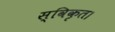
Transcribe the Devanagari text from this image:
स्विकृत।